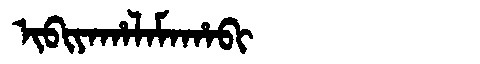
Manchu: ᡳᠪᡳᠶᠠᡥᠠᠯᠠᠮᠠᡥᠠᠪᡳ
Romanization: IBIYAHALAMAHABI